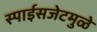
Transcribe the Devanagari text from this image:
स्पाईसजेटमुळे